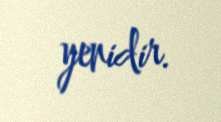
yenidir.